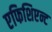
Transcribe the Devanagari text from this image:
एफिशिएन्ट